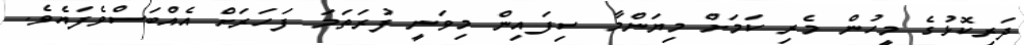
ދަރިކޮޅުގެ މީހުން މެރި ކަމަށް މިޔަންމާ ސިފައިން މިވަނީ ފުރަތަމަ ފަހަރަށް އެއްބަސްވެފައެވެ.